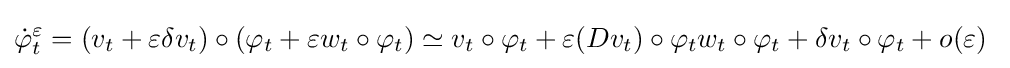
{\dot {\varphi }}_{t}^{\varepsilon }=(v_{t}+\varepsilon \delta v_{t})\circ (\varphi _{t}+\varepsilon w_{t}\circ \varphi _{t})\simeq v_{t}\circ \varphi _{t}+\varepsilon (Dv_{t})\circ \varphi _{t}w_{t}\circ \varphi _{t}+\delta v_{t}\circ \varphi _{t}+o(\varepsilon )\